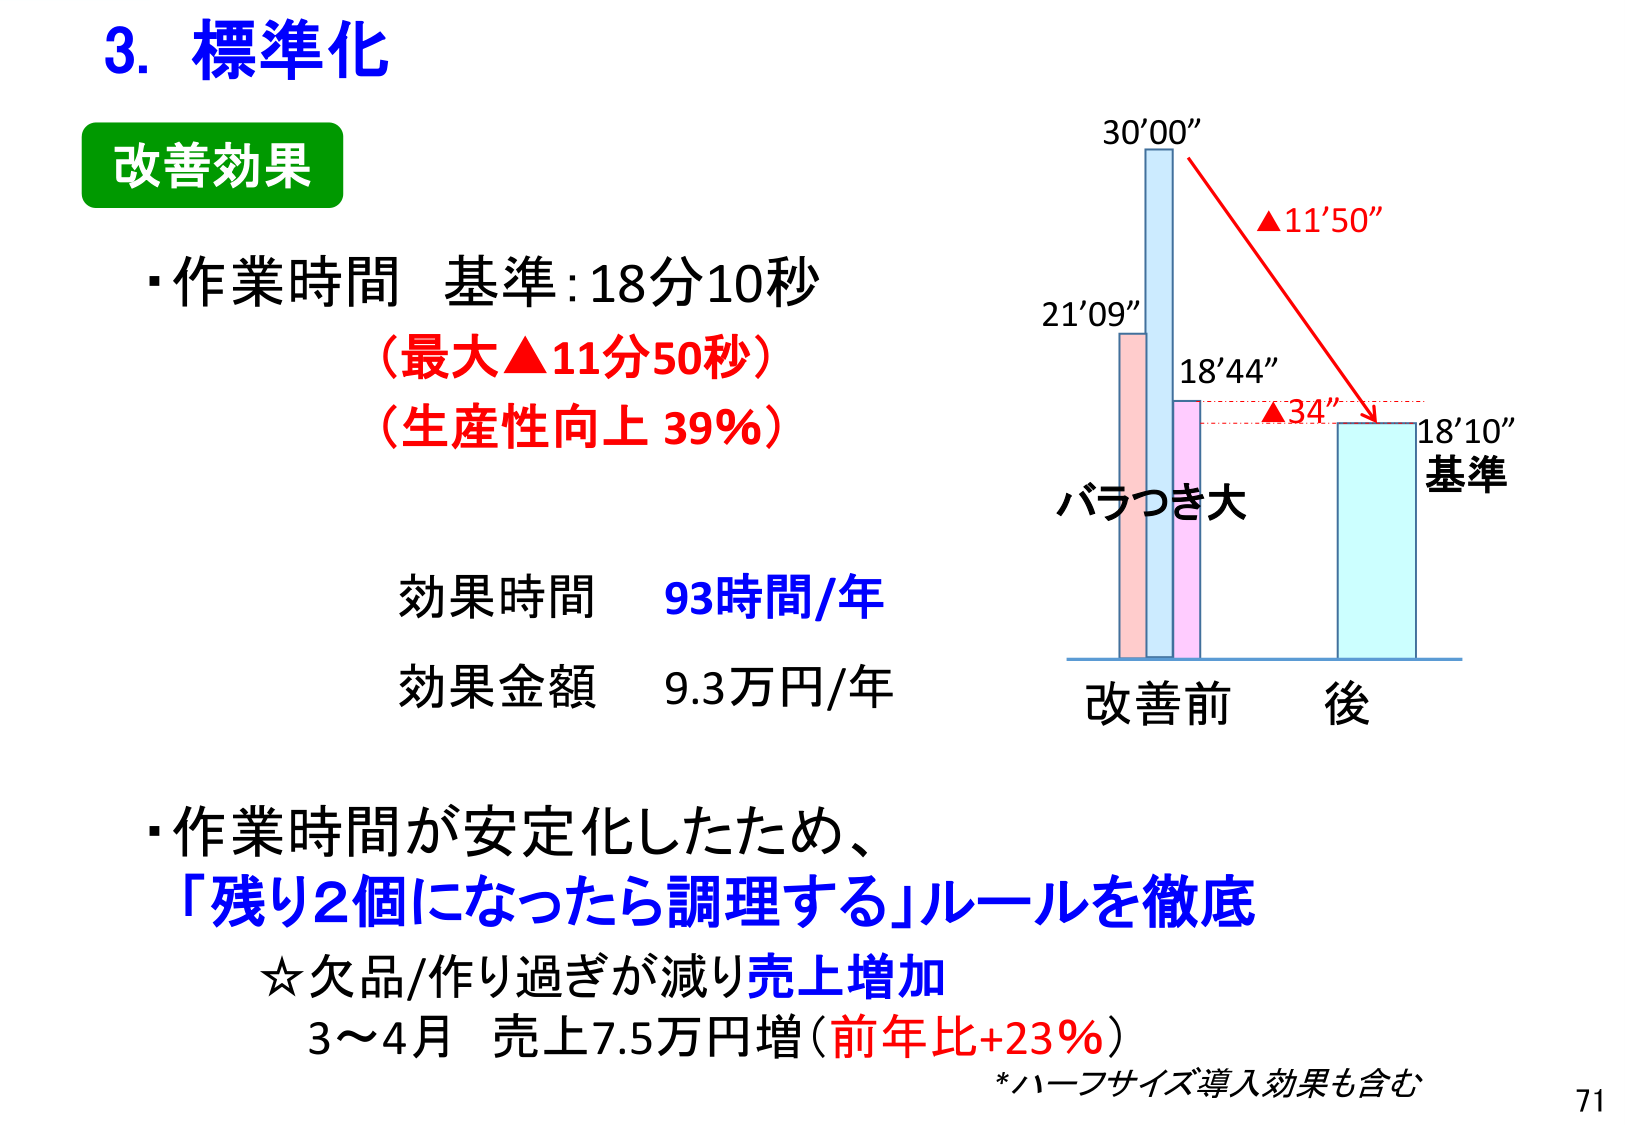
3. 標準化
改善効果
・作業時間 基準:18分10秒
（最大▲11分50秒）
（生産性向上 39%）
効果時間 93時間/年
効果金額 9.3万円/年
・作業時間が安定化したため、
「残り2個になったら調理する」ルールを徹底
☆欠品/作り過ぎが減り売上増加
3～4月 売上7.5万円増（前年比+23%）
*ハーフサイズ導入効果も含む
30'00"
▲11'50"
21'09"
18'44"
▲34"
18'10"
基準
バラつき大
改善前 後
71